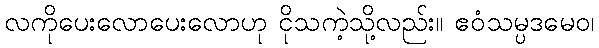
လကိုပေးလောပေးလောဟု ငိုသကဲ့သို့လည်း။ ဧဝံသမ္ပဒမေဝ၊